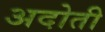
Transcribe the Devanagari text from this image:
अदोती